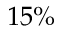
1 5 \%